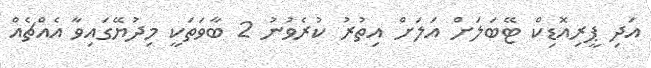
އަދި ޕީރިއޮޑިކް ޓޭބަލަށް އަލަށް އިތުރު ކުރެވުނު 2 ބާވަތަކީ މިދުޔޭގައިވާ އެއްޗެއް